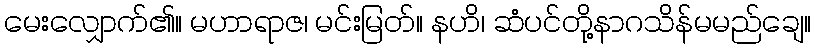
မေးလျှောက်၏။ မဟာရာဇ၊ မင်းမြတ်။ နဟိ၊ ဆံပင်တို့နာဂသိန်မမည်ချေ။